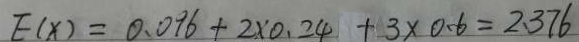
E ( x ) = 0 . 0 9 6 + 2 \times 0 . 2 4 + 3 \times 0 . 6 = 2 . 3 7 6